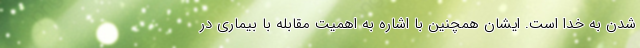
شدن به خدا است. ایشان همچنین با اشاره به اهمیت مقابله با بیماری در